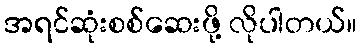
အရင်ဆုံးစစ်ဆေးဖို့ လိုပါတယ်။